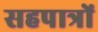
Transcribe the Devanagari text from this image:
सहपात्रों